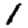
Digit: 1